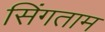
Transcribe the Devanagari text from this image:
सिंगताम